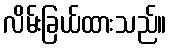
လိမ်းခြယ်ထားသည်။